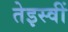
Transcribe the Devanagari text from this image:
तेइस्वीं